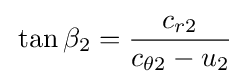
\,\tan {\beta _{2}}={\frac {c_{r2}}{c_{\theta 2}-u_{2}}}